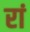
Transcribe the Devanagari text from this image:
रां